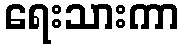
ရေးသားကာ